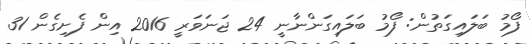
ފޯމު ބަލައިގަތުން: ފޯމު ބަލައިގަންނާނީ 24 ޖަނަވަރީ 2016 އިން ފެށިގެން 31